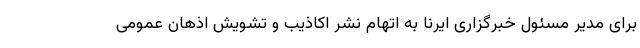
برای مدیر مسئول خبرگزاری ایرنا به اتهام نشر اکاذیب و تشویش اذهان عمومی